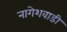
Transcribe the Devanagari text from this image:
नागेशवाडी